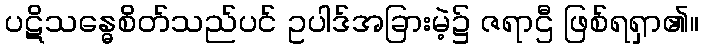
ပဋိသန္ဓေစိတ်သည်ပင် ဥပါဒ်အခြားမဲ့၌ ဇရာဌီ ဖြစ်ရရှာ၏။